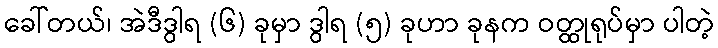
ခေါ်တယ်၊ အဲဒီဒွါရ (၆) ခုမှာ ဒွါရ (၅) ခုဟာ ခုနက ဝတ္ထုရုပ်မှာ ပါတဲ့